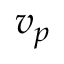
\boldsymbol { v } _ { p }